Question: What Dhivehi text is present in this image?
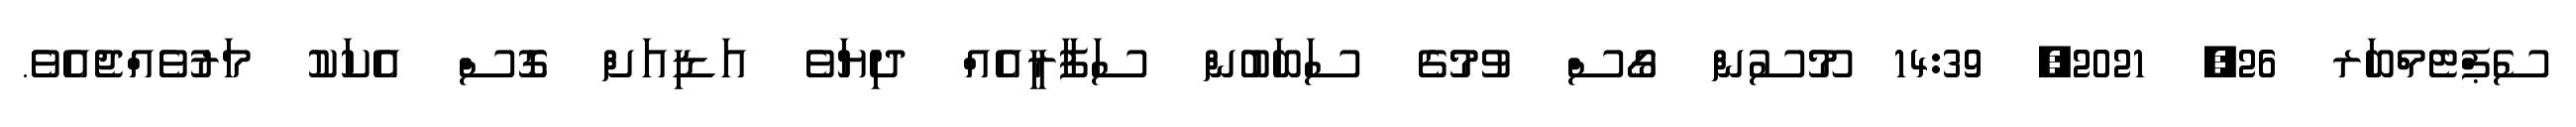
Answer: ސެޕްޓެމްބަރ 26, 2021, 14:39 މޫސުން ގޯސް ވުމުގެ ސަބަބުން ސަފާރީއެއް ދިޔަވެ އަޑިއަށް ގޮސް އެކަކު މަރުވެއްޖެއެވެ.